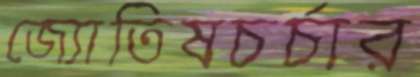
জ্যোতিষচর্চার